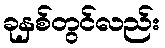
ခုနှစ်တွင်လည်း